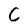
Character: C